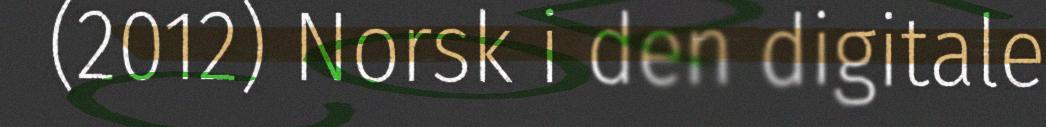
(2012) Norsk i den digitale